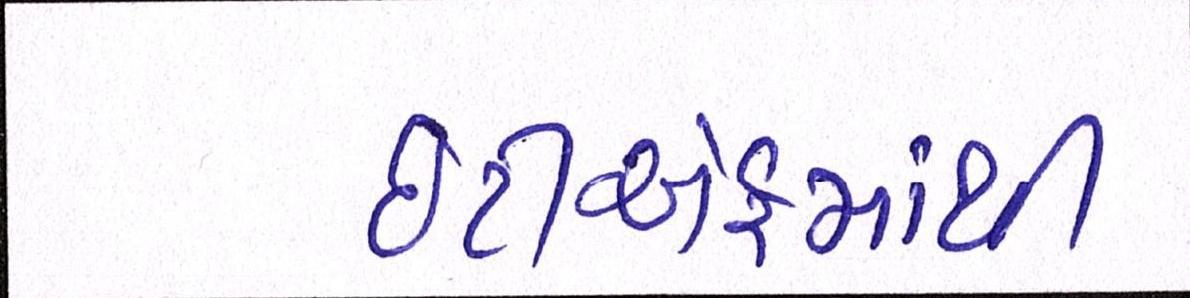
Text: ઇટીએફમાંથી